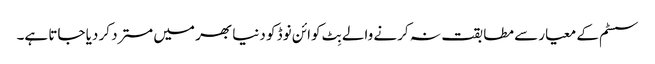
سسٹم کے معیار سے مطابقت نہ کرنے والے بِٹ کوائن نوڈ کو دنیا بھر میں مسترد کر دیا جاتا ہے۔